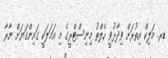
ޑރ. މަލިކް އިތުރަށް ވިދާޅުވީ ހެލްތު މިނިސްޓްރީގެ މި އަމަލަކީ ގައިންގަޔަށް ނާރާ